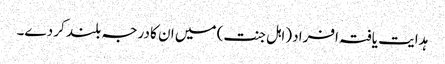
ہدایت یافتہ افراد (اہل جنت) میں ان کا درجہ بلند کر دے۔